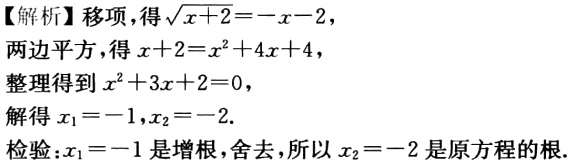
【解析】移项，得\(\sqrt{x + 2}=-x - 2\)，

两边平方，得\(x + 2=x^{2}+4x + 4\)，

整理得到\(x^{2}+3x + 2 = 0\)，

解得\(x_{1}=-1,x_{2}=-2\).

检验：\(x_{1}=-1\)是增根，舍去，所以\(x_{2}=-2\)是原方程的根.